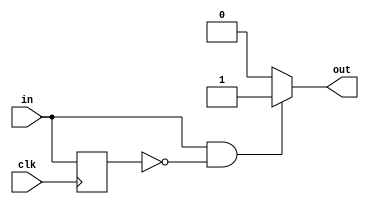
module myEdge_detector_3 (
    input clk,
    input in,
    output reg out
  );
  
  
  
  reg M_last_d, M_last_q = 1'h0;
  
  always @* begin
    M_last_d = M_last_q;
    
    out = 1'h0;
    M_last_d = in;
    if (in == 1'h1 && M_last_q == 1'h0) begin
      out = 1'h1;
    end
  end
  
  always @(posedge clk) begin
    M_last_q <= M_last_d;
  end
  
endmodule